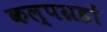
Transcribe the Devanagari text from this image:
कल्पग्रहों